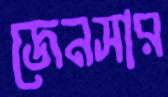
জেনসার